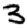
Digit: 3